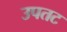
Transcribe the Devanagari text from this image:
उपतट